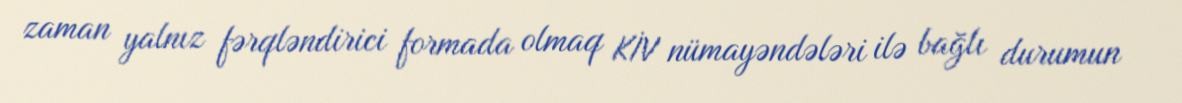
zaman yalnız fərqləndirici formada olmaq KİV nümayəndələri ilə bağlı durumun